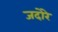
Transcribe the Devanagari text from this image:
जदोरे